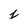
Character: j